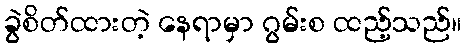
ခွဲစိတ်ထားတဲ့ နေရာမှာ ဂွမ်းစ ထည့်သည်။